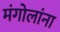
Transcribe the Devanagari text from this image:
मंगोलांना